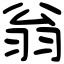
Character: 翁